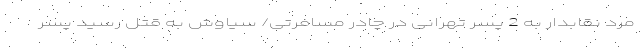
مرد نقابدار به 2 پسر تهرانی در چادر مسافرتی/ سیاوش به قتل رسید پسر